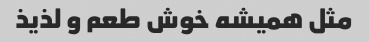
مثل همیشه خوش طعم و لذیذ